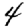
Digit: 4